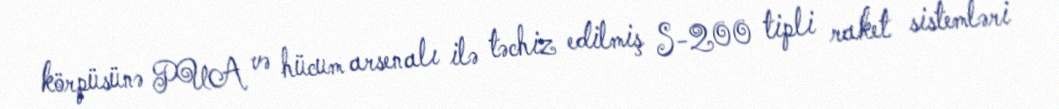
körpüsünə PUA və hücum arsenalı ilə təchiz edilmiş S-200 tipli raket sistemləri